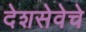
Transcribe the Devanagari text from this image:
देशसेवेचे